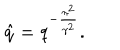
LaTeX: { \hat { q } } = q ^ { - \frac { { \pi } ^ { 2 } } { { \gamma } ^ { 2 } } } .